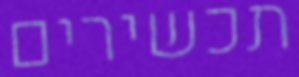
תכשירים